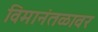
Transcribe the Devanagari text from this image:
विमानंतळावर